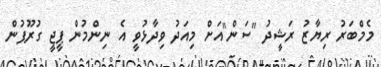
މެމްބަރު ރިޔާޒު ރަޝީދު "ސަން"އަށް މިއަދު ވިދާޅުވީ އެ ނިންމުން ޕީޖީ ގުރޫޕުން